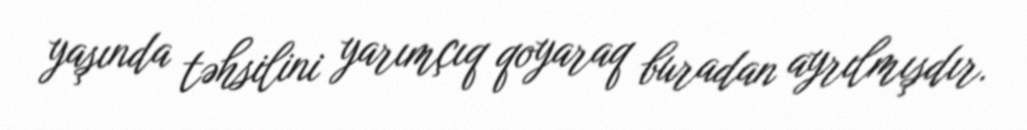
yaşında təhsilini yarımçıq qoyaraq buradan ayrılmışdır.